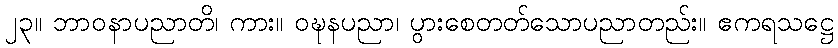
၂၃။ ဘာဝနာပညာတိ၊ ကား။ ဝဍ္ဎနပညာ၊ ပွားစေတတ်သောပညာတည်း။ ဧကရသဋ္ဌေ